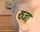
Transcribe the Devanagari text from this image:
यजा